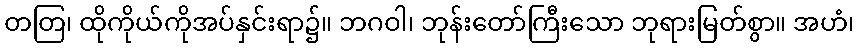
တတြ၊ ထိုကိုယ်ကိုအပ်နှင်းရာ၌။ ဘဂဝါ၊ ဘုန်းတော်ကြီးသော ဘုရားမြတ်စွာ။ အဟံ၊